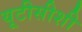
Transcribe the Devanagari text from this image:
यूटीसीशी